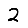
Digit: 2